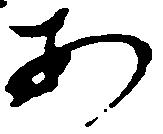
あ